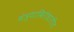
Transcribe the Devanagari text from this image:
मंत्र्याविरोधातील